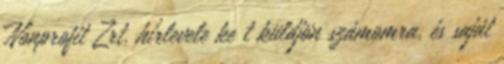
Nonprofit Zrt. hírlevele ke t küldjön számomra, és saját